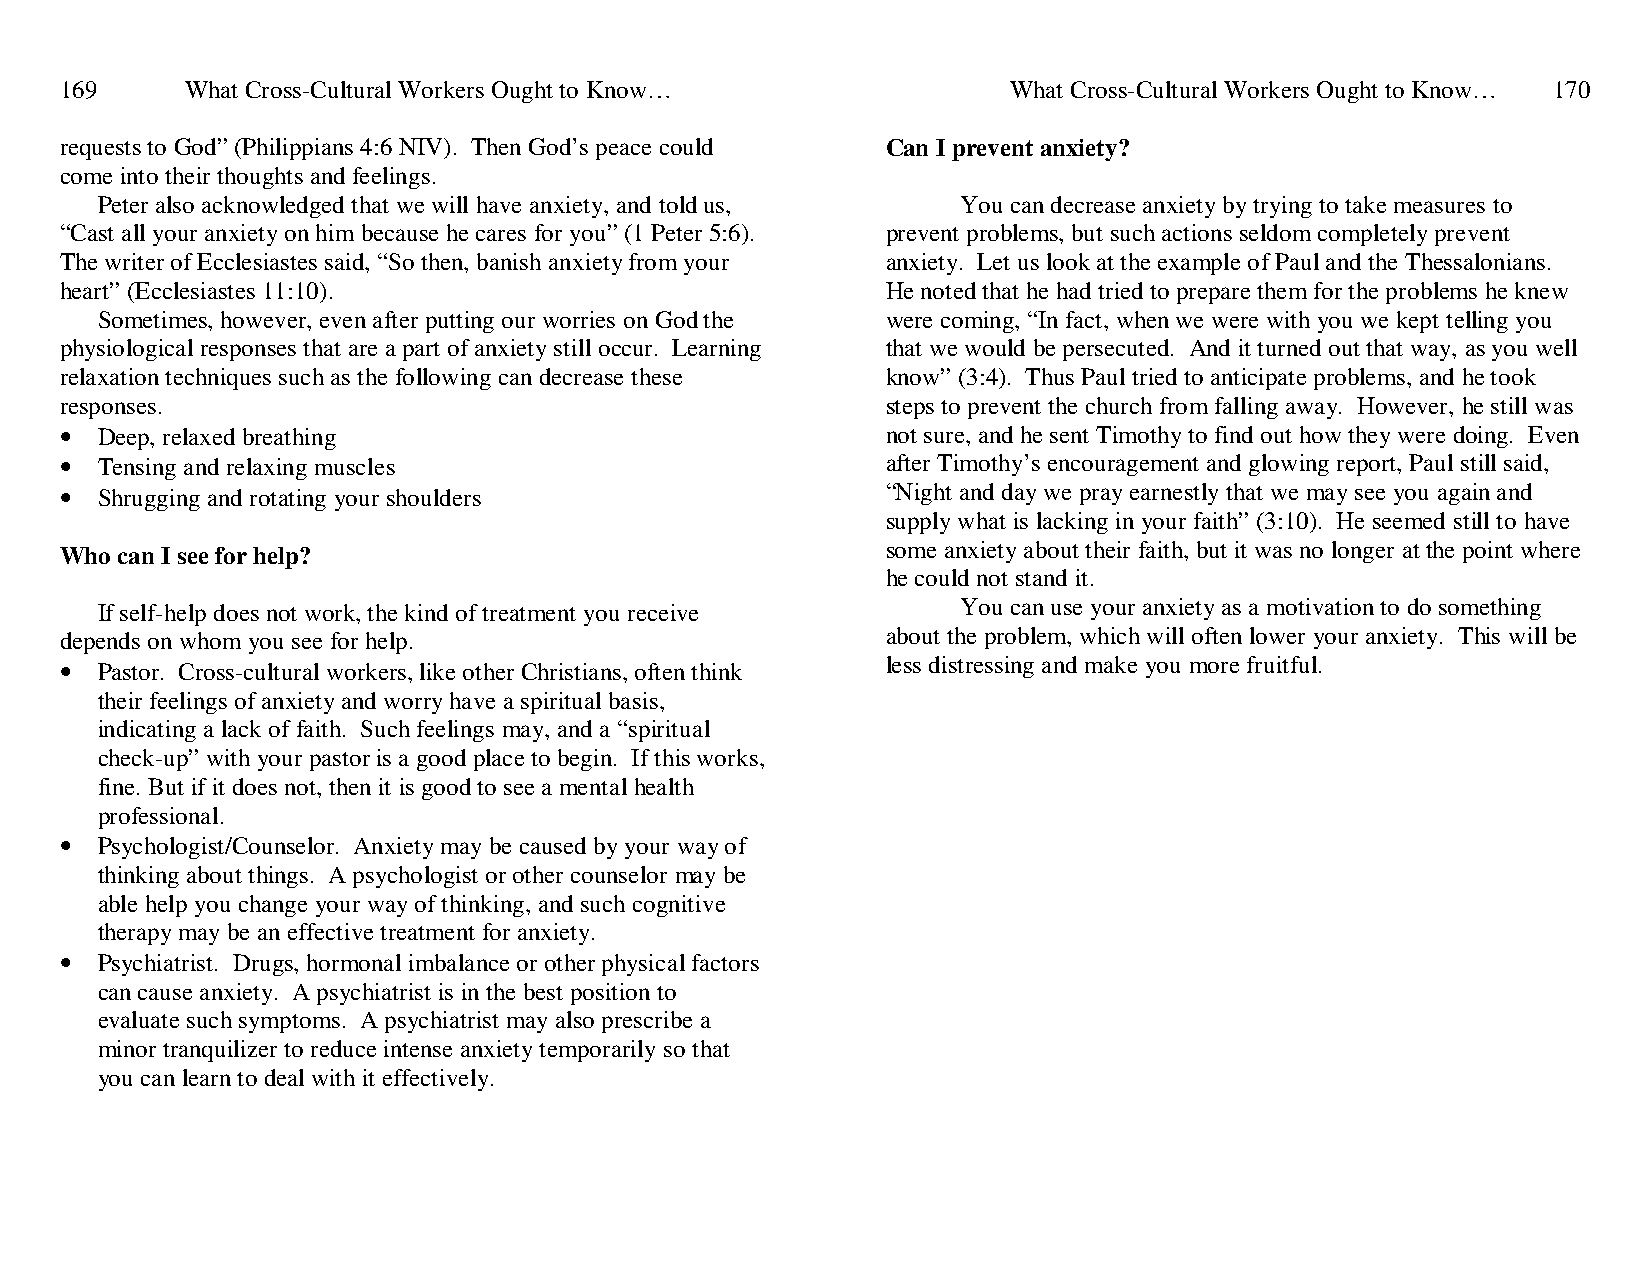
169     What Cross-Cultural Workers Ought to Know…             What Cross-Cultural Workers Ought to Know… 170
 requests to God” (Philippians 4:6 NIV). Then God’s peace could Can I prevent anxiety?
 come into their thoughts and feelings.
 Peter also acknowledged that we will have anxiety, and told us, You can decrease anxiety by trying to take measures to
 “Cast all your anxiety on him because he cares for you” (1 Peter 5:6). prevent problems, but such actions seldom completely prevent
 The writer of Ecclesiastes said, “So then, banish anxiety from your anxiety. Let us look at the example of Paul and the Thessalonians.
 heart” (Ecclesiastes 11:10).                           He noted that he had tried to prepare them for the problems he knew
 Sometimes, however, even after putting our worries on God the were coming, “In fact, when we were with you we kept telling you
 physiological responses that are a part of anxiety still occur. Learning that we would be persecuted. And it turned out that way, as you well
 relaxation techniques such as the following can decrease these know” (3:4). Thus Paul tried to anticipate problems, and he took
 responses.                                             steps to prevent the church from falling away. However, he still was
 • Deep, relaxed breathing                              not sure, and he sent Timothy to find out how they were doing. Even
 • Tensing and relaxing muscles                         after Timothy’s encouragement and glowing report, Paul still said,
 • Shrugging and rotating your shoulders                “Night and day we pray earnestly that we may see you again and
 supply what is lacking in your faith” (3:10). He seemed still to have
 Who can I see for help?                                some anxiety about their faith, but it was no longer at the point where
 he could not stand it.
 If self-help does not work, the kind of treatment you receive You can use your anxiety as a motivation to do something
 depends on whom you see for help.                      about the problem, which will often lower your anxiety. This will be
 • Pastor. Cross-cultural workers, like other Christians, often think less distressing and make you more fruitful.
 their feelings of anxiety and worry have a spiritual basis,
 indicating a lack of faith. Such feelings may, and a “spiritual
 check-up” with your pastor is a good place to begin. If this works,
 fine. But if it does not, then it is good to see a mental health
 professional.
 • Psychologist/Counselor. Anxiety may be caused by your way of
 thinking about things. A psychologist or other counselor may be
 able help you change your way of thinking, and such cognitive
 therapy may be an effective treatment for anxiety.
 • Psychiatrist. Drugs, hormonal imbalance or other physical factors
 can cause anxiety. A psychiatrist is in the best position to
 evaluate such symptoms. A psychiatrist may also prescribe a
 minor tranquilizer to reduce intense anxiety temporarily so that
 you can learn to deal with it effectively.